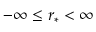
- \infty \le r _ { * } < \infty